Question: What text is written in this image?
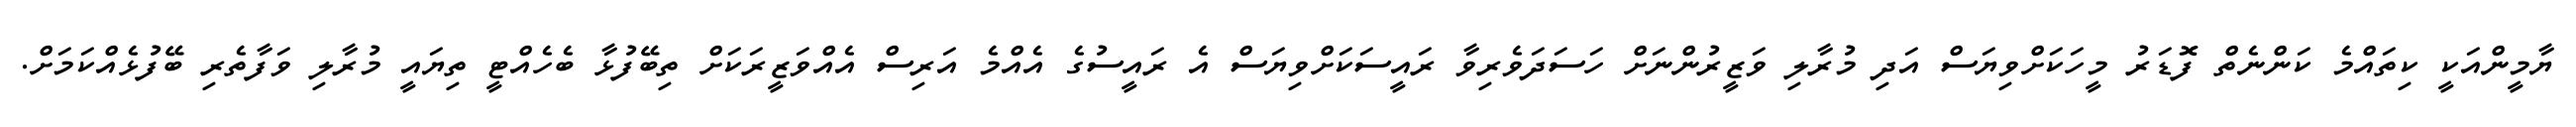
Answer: ޔާމީންއަކީ ކިތައްމެ ކަންނެތް ފޮޑަރު މީހަކަށްވިޔަސް އަދި މުރާލި ވަޒީރުންނަށް ހަސަދަވެރިވާ ރައީސަކަށްވިޔަސް އެ ރައީސުގެ އެއްމެ އަރިސް އެއްވަޒީރަކަށް ތިބޭފުޅާ ބެހެއްޓީ ތިޔައީ މުރާލި ވަފާތެރި ބޭފުޅެއްކަމަށް.